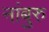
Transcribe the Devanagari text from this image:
नांबुरु